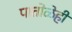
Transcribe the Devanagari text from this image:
पातोळेही